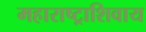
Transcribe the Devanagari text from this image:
महाराष्ट्राशिवाय